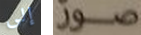
إلى صور